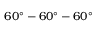
6 0 ^ { \circ } - 6 0 ^ { \circ } - 6 0 ^ { \circ }